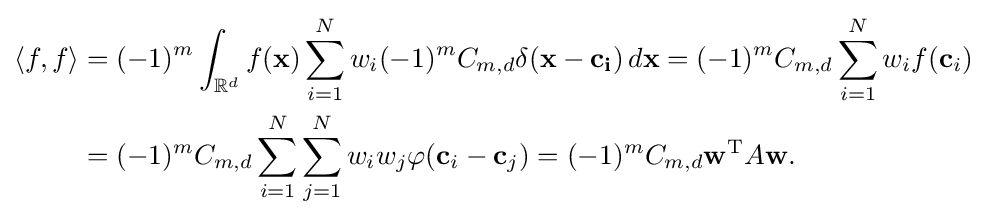
{\begin{aligned}\langle f,f\rangle &=(-1)^{m}\int _{\mathbb {R} ^{d}}f(\mathbf {x} )\sum _{i=1}^{N}w_{i}(-1)^{m}C_{m,d}\delta (\mathbf {x-\mathbf {c} _{i}} )\,d\mathbf {x} =(-1)^{m}C_{m,d}\sum _{i=1}^{N}w_{i}f(\mathbf {c} _{i})\\&=(-1)^{m}C_{m,d}\sum _{i=1}^{N}\sum _{j=1}^{N}w_{i}w_{j}\varphi (\mathbf {c} _{i}-\mathbf {c} _{j})=(-1)^{m}C_{m,d}\mathbf {w} ^{\textrm {T}}A\mathbf {w} .\end{aligned}}